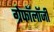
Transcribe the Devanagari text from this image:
ग्रेफॉलॉजी